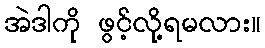
အဲဒါကို ဖွင့်လို့ရမလား။